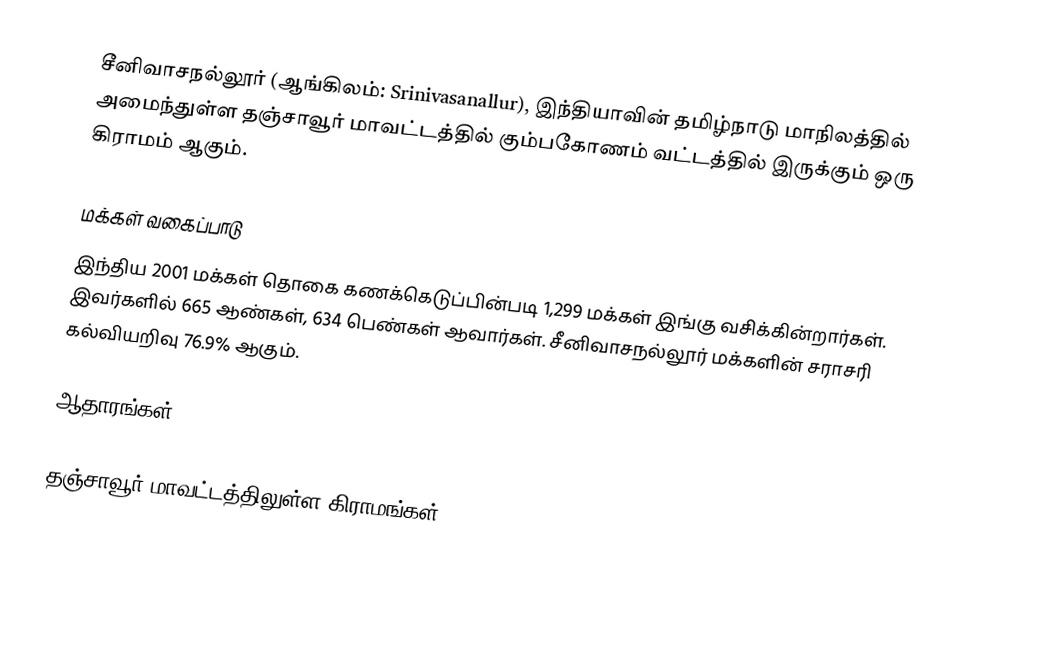
சீனிவாசநல்லூர்  (ஆங்கிலம்: Srinivasanallur), இந்தியாவின் தமிழ்நாடு மாநிலத்தில் அமைந்துள்ள தஞ்சாவூர் மாவட்டத்தில்  கும்பகோணம் வட்டத்தில் இருக்கும் ஒரு கிராமம் ஆகும்.

மக்கள் வகைப்பாடு
இந்திய 2001 மக்கள் தொகை கணக்கெடுப்பின்படி 1,299 மக்கள் இங்கு வசிக்கின்றார்கள். இவர்களில் 665 ஆண்கள், 634 பெண்கள் ஆவார்கள். சீனிவாசநல்லூர் மக்களின் சராசரி கல்வியறிவு 76.9% ஆகும்.

ஆதாரங்கள்

தஞ்சாவூர் மாவட்டத்திலுள்ள கிராமங்கள்